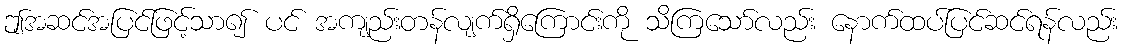
ဤအဆင်အပြင်ဖြင့်သာ၍ ပင် အကျည်းတန်လျက်ရှိကြောင်းကို သိကြသော်လည်း နောက်ထပ်ပြင်ဆင်ရန်လည်း